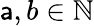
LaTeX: \mathsf{a},b\in\mathbb{{N}}